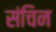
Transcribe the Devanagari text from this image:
संचिन